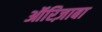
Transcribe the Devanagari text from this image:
ऑरिज़ाबा